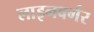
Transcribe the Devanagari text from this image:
लाइनबर्गर